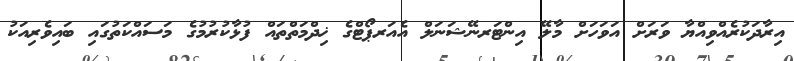
އިރާދަކުރެއްވިއްޔާ ވަރަށް އަވަހަށް މާލޭ އިންޓަރނޭޝަނަލް އެއަރޕޯޓްގެ ޚިދްމަތްތައް ފުޅާކުރުމުގެ މަސައްކަތުގައި ބައިވެރިއަކު